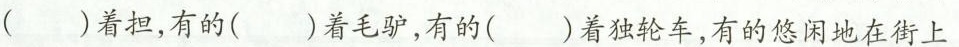
（）着担，有的（）着毛驴，有的（）着独轮车，有的悠闲地在街上